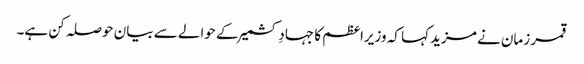
قمر زمان نے مزید کہا کہ وزیراعظم کا جہادِ کشمیر کے حوالے سے بیان حوصلہ کن ہے۔